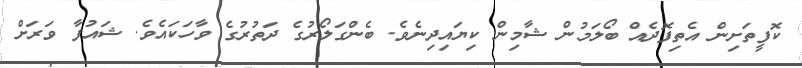
ކޮފީތަށިން އެތިފޮދެއް ބޯލަމުން ޝާމިން ކިޔައިދިނެވެ. ބެންގަލޯރުގެ ދަތުރުގެ ވާހަކައެވެ. ޝައުފާ ވަރަށް